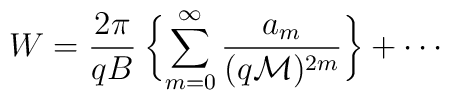
W=\frac{2\pi}{qB}\:\biggl\{\sum^{\infty}_{m=0} \frac{a_m}{(q{\cal M})^{2m}}\biggr\}+\cdots